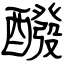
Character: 醱